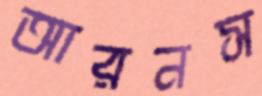
আরনস